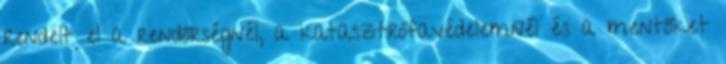
rendelt el a rendőrségnél, a katasztrófavédelemnél és a mentőket